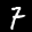
Label: 7